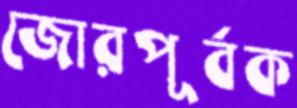
জোরপূর্বক